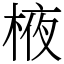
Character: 棭